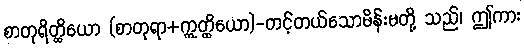
စာတုရိတ္ထိယော (စာတုရာ+ဣတ္ထိယော)-တင့်တယ်သောမိန်းမတို့ သည်၊ ဤကား